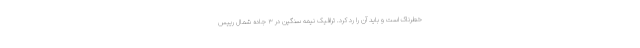
خطرناک است و باید آن را رد کرد. ترافیک نیمه سنگین در ۳ جاده شمال رییس